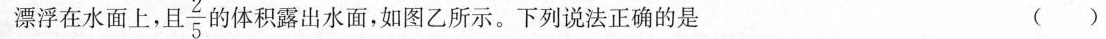
漂浮在水面上，且 \frac{2}{5} 的体积露出水面，如图乙所示。下列说法正确的是 ()